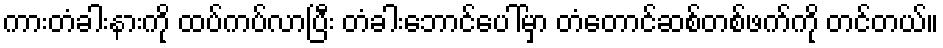
ကားတံခါးနားကို ထပ်ကပ်လာပြီး တံခါးဘောင်ပေါ်မှာ တံတောင်ဆစ်တစ်ဖက်ကို တင်တယ်။